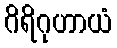
ဂိရိဂုဟာယံ